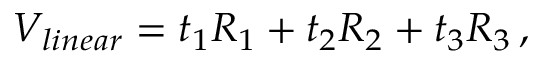
V _ { l i n e a r } = t _ { 1 } R _ { 1 } + t _ { 2 } R _ { 2 } + t _ { 3 } R _ { 3 } \, ,